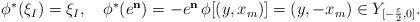
LaTeX: \begin{align*}\begin{aligned}\phi^{*}(\xi_{I})=\xi_{I},\quad\phi^{*}(e^{\bf{n}})=-e^{\bf{n}}\, \phi[(y, x_{m})]=(y, -x_{m})\in Y _{[-\frac{\varepsilon}{2}, 0]}. \end{aligned}\end{align*}